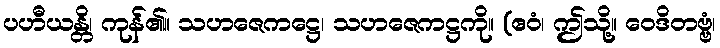
ပဟီယန္တိ၊ ကုန်၏။ သဟဇေကဋ္ဌေ၊ သဟဇေကဋ္ဌကို။ (ဧဝံ၊ ဤသို့။ ဝေဒိတဗ္ဗံ၊